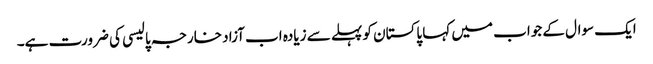
ایک سوال کے جواب میں کہا پاکستان کو پہلے سے زیادہ اب آزاد خارجہ پالیسی کی ضرورت ہے۔